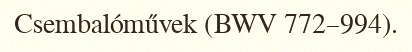
Csembalóművek (BWV 772–994).